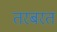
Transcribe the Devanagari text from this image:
तरबरत